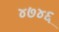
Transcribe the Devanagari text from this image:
४७४६